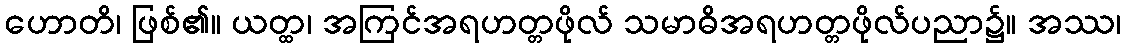
ဟောတိ၊ ဖြစ်၏။ ယတ္ထ၊ အကြင်အရဟတ္တဖိုလ် သမာဓိအရဟတ္တဖိုလ်ပညာ၌။ အဿ၊